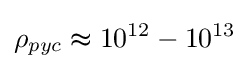
\rho _{pyc}\thickapprox 10^{12}-10^{13}